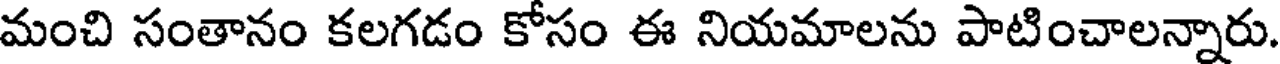
మంచి సంతానం కలగడం కోసం ఈ నియమాలను పాటించాలన్నారు.